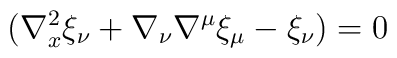
(\nabla^{2}_x \xi_{\nu} + \nabla_{\nu} \nabla^{\mu} \xi_{\mu} - \xi_{\nu})=0